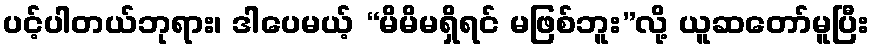
ပင့်ပါတယ်ဘုရား၊ ဒါပေမယ့် “မိမိမရှိရင် မဖြစ်ဘူး”လို့ ယူဆတော်မူပြီး